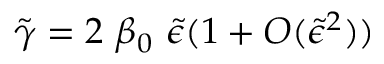
{ \tilde { \gamma } } = 2 \ \beta _ { 0 } \ { \tilde { \epsilon } } ( 1 + { \cal O } ( { \tilde { \epsilon } } ^ { 2 } ) )